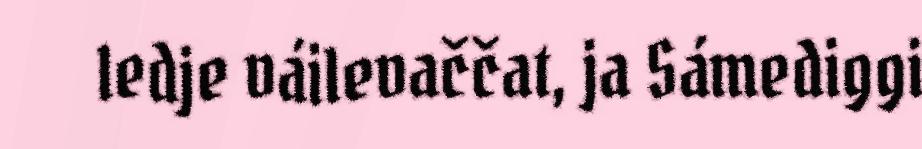
ledje váilevaččat, ja Sámediggi